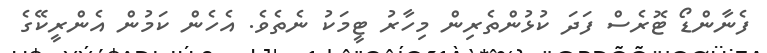
ފެނާންޑޯ ޓޮރެސް ފަދަ ކުޅުންތެރިން މިހާރު ޓީމަކު ނެތެވެ. އެހެން ކަމުން އެންރީކޭގެ